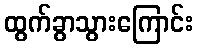
ထွက်ခွာသွားကြောင်း